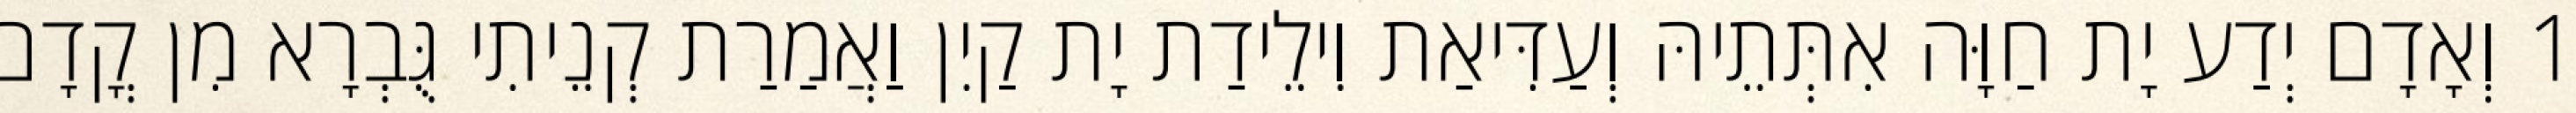
1 וְאָדָם יְדַע יָת חַוָּה אִתְּתֵיהּ וְעַדִּיאַת וִילֵידַת יָת קַיִן וַאֲמַרַת קְנֵיתִי גֻּבְרָא מִן קֳדָם